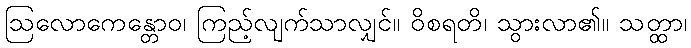
ဩလောကေန္တောဝ၊ ကြည့်လျက်သာလျှင်။ ဝိစရတိ၊ သွားလာ၏။ သတ္ထာ၊